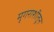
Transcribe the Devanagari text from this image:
मृगराशीतून